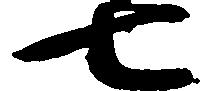
七